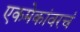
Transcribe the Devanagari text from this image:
एकमेकांवरचं